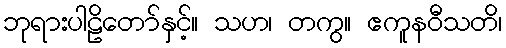
ဘုရားပါဠိတော်နှင့်။ သဟ၊ တကွ။ ဧကူနဝီသတိ၊